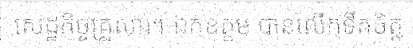
សេដ្ឋកិច្ចគ្រួសារ។ ឯកឧត្តម បានលើកទឹកចិត្ត